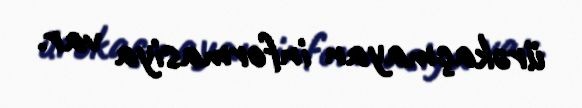
ürəkaçmayan informasiya var.